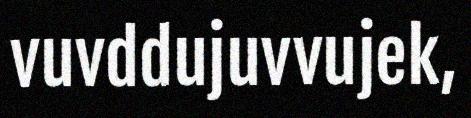
vuvddujuvvujek,